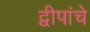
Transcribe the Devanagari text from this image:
द्वीपांचे